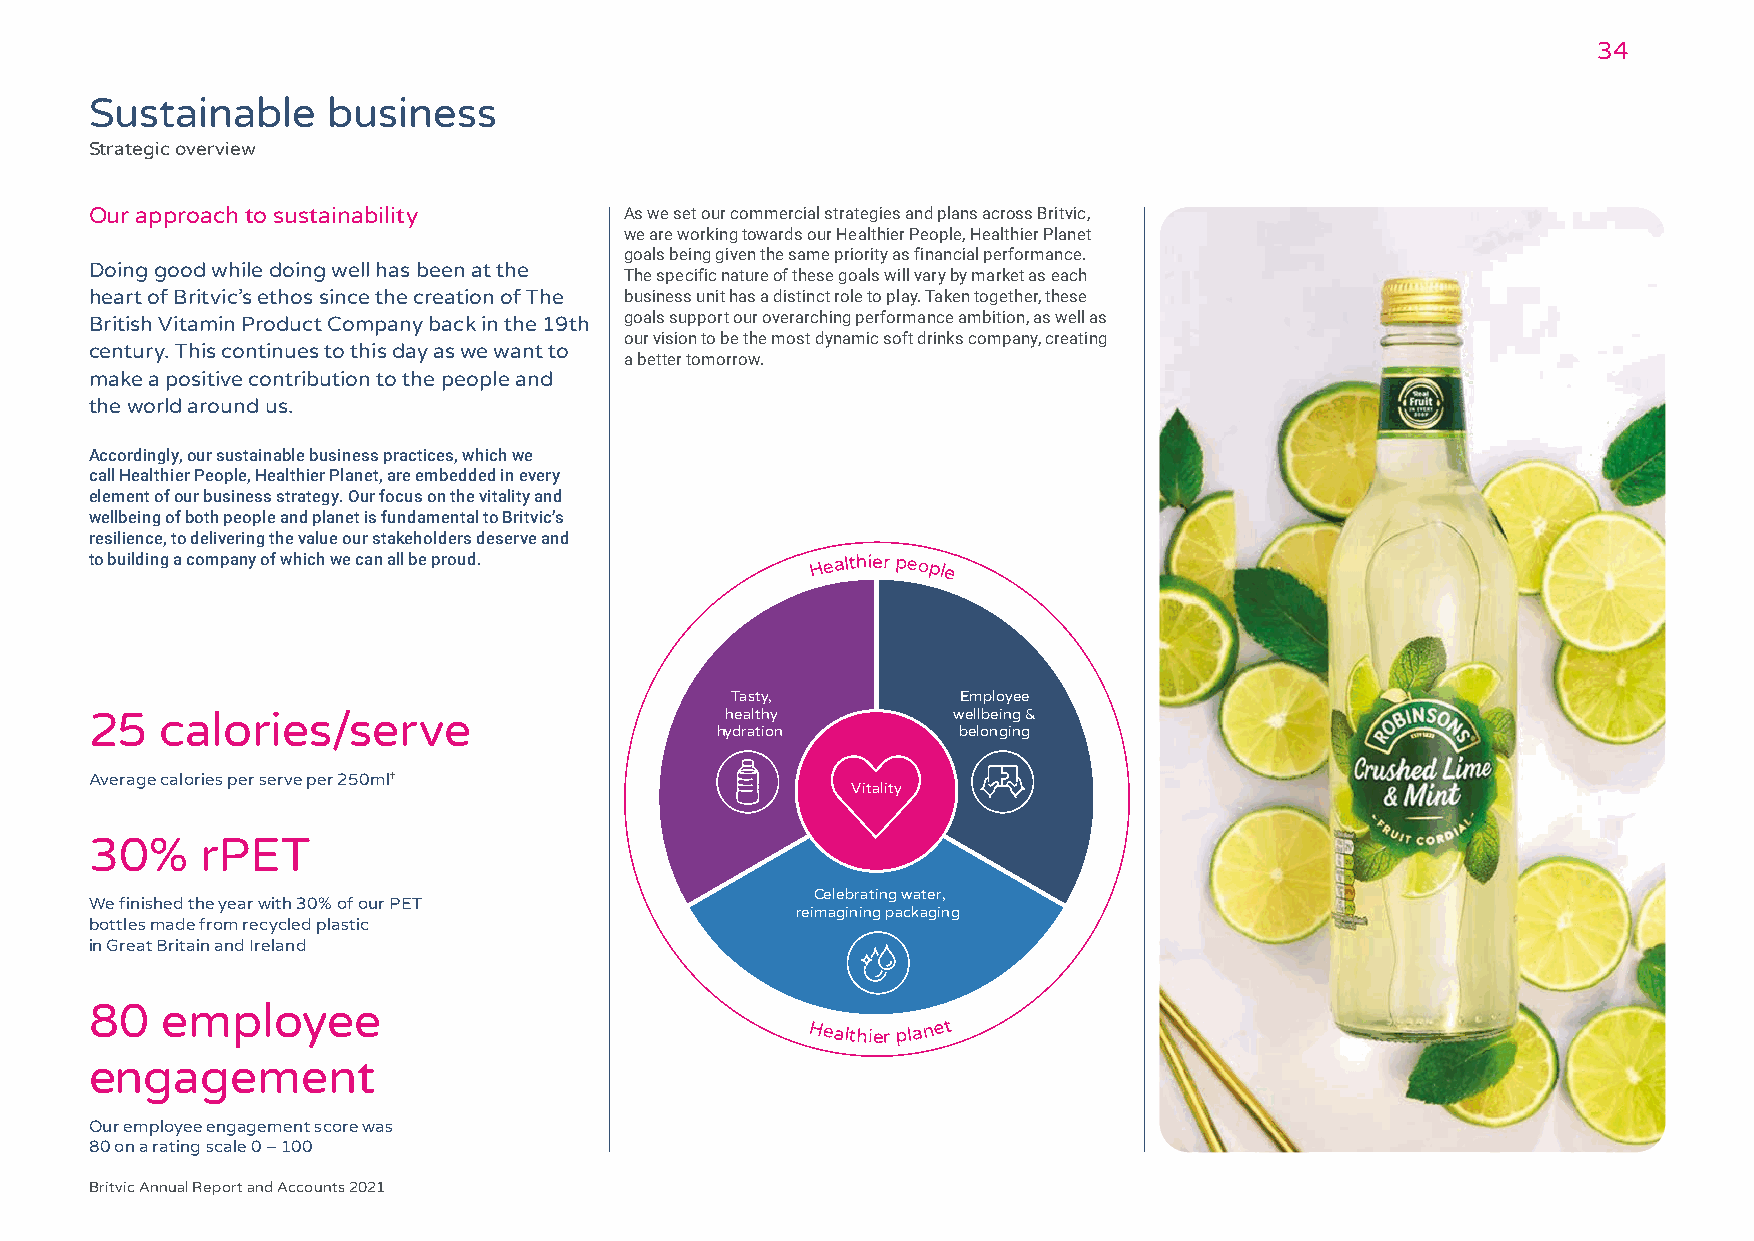
34
 Sustainable     business
 Strategic overview
 Our approach to sustainability     As we set our commercial strategies and plans across Britvic,
 we are working towards our Healthier People, Healthier Planet
 goals being given the same priority as financial performance.
 Doing good while doing well has been at the
 The specific nature of these goals will vary by market as each
 heart of Britvic’s ethos since the creation of The business unit has a distinct role to play. Taken together, these
 British Vitamin Product Company back in the 19th goals support our overarching performance ambition, as well as
 our vision to be the most dynamic soft drinks company, creating
 century. This continues to this day as we want to
 a better tomorrow.
 make a positive contribution to the people and
 the world around us.
 Accordingly, our sustainable business practices, which we
 call Healthier People, Healthier Planet, are embedded in every
 element of our business strategy. Our focus on the vitality and
 wellbeing of both people and planet is fundamental to Britvic’s
 resilience, to delivering the value our stakeholders deserve and
 to building a company of which we can all be proud. Healthier people
 Tasty,          Employee
 25   calories/serve                       healthy        wellbeing &
 hydration       belonging
 Average calories per serve per 250ml†
 Vitality
 30%    rPET
 Celebrating water,
 We finished the year with 30% of our PET
 reimagining packaging
 bottles made from recycled plastic
 in Great Britain and Ireland
 80   employee
 Healthier planet
 engagement
 Our employee engagement score was
 80 on a rating scale 0 – 100
 Britvic Annual Report and Accounts 2021